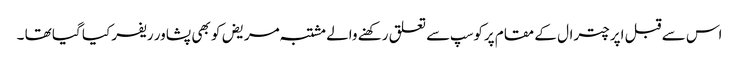
اس سے قبل اپر چترال کے مقام پرکوسپ سے تعلق رکھنے والے مشتبہ مریض کو بھی پشاور ریفر کیا گیا تھا ۔